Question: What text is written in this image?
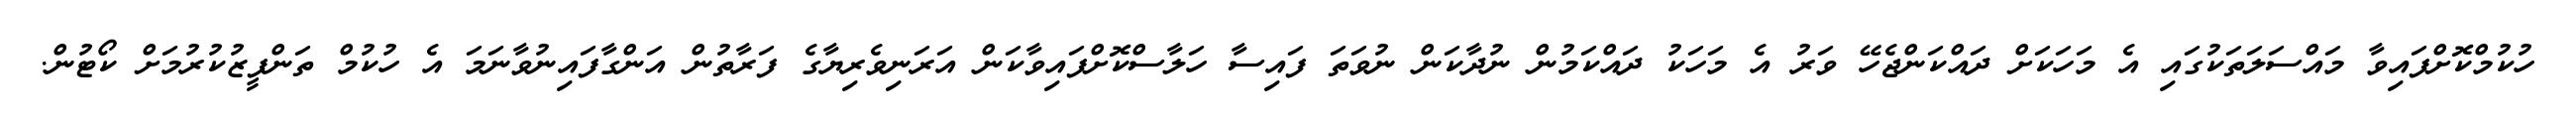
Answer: ހުކުމްކޮށްފައިވާ މައްސަލަތަކުގައި އެ މަހަކަށް ދައްކަންޖެހޭ ވަރު އެ މަހަކު ދައްކަމުން ނުދާކަން ނުވަތަ ފައިސާ ހަލާސްކޮށްފައިވާކަން އަރަނިވެރިޔާގެ ފަރާތުން އަންގާފައިނުވާނަމަ އެ ހުކުމް ތަންފީޒުކުރުމަށް ކޯޓުން.